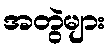
အတွဲများ